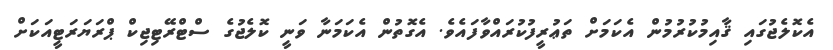
އެކޮލެޖުގައި ޤާއިމުކުރުމުން އެކަމަށް ތަޢުރީފުކުރައްވާފައެވެ. އެގޮތުން އެކަމަނާ ވަނީ ކޮލެޖުގެ ސްޓްރޭޓިޖިކް ޕްރަޔަރަޓީއަކަށް